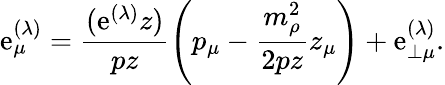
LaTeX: \mathrm{e}_{\mu}^{(\lambda)}=\frac{{(\mathrm{e}^{(\lambda)}z)}}{{pz}}\left(p_{\mu}-\frac{{m_{\rho}^{2}}}{{2pz}}z_{\mu}\right)+\mathrm{e}_{\perp\mu}^{(\lambda)}.